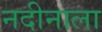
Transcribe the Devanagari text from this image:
नदीनाला